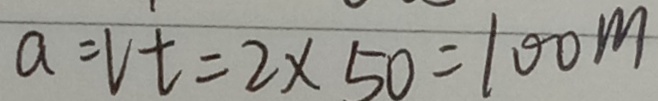
a = V t = 2 \times 5 0 = 1 0 0 m